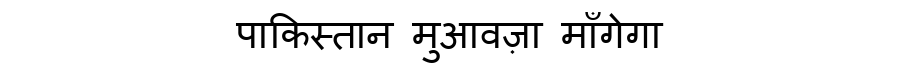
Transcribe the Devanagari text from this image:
पाकिस्तान मुआवज़ा माँगेगा